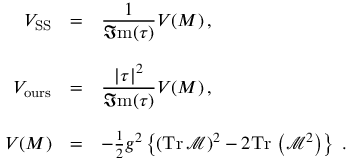
\begin{array} { r c l } { { { \cal V } _ { \mathrm { S S } } } } & { { = } } & { { { \displaystyle \frac { 1 } { \Im \mathrm { m } ( \tau ) } } { \cal V } ( { \cal M } ) \, , } } \\ { { } } & { { } } & { { } } \\ { { { \cal V } _ { \mathrm { o u r s } } } } & { { = } } & { { { \displaystyle \frac { | \tau | ^ { 2 } } { \Im \mathrm { m } ( \tau ) } } { \cal V } ( { \cal M } ) \, , } } \\ { { } } & { { } } & { { } } \\ { { { \cal V } ( { \cal M } ) } } & { { = } } & { { - { \textstyle \frac { 1 } { 2 } } g ^ { 2 } \left\{ \left( \mathrm { T r } \, \mathcal { M } \right) ^ { 2 } - 2 \mathrm { T r } \, \left( \mathcal { M } ^ { 2 } \right) \right\} \; . } } \end{array}